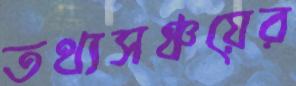
তথ্যসঞ্চয়ের